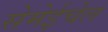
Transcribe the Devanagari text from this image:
सेमेईचेल